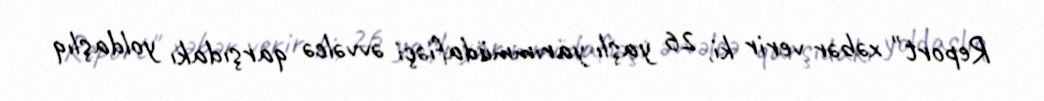
Report" xəbər verir ki, 26 yaşlı yarımmüdafiəçi əvvəlcə qarşıdakı yoldaşlıq